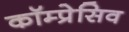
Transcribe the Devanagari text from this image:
कॉम्प्रेसिव